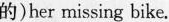
的)her missing bike.